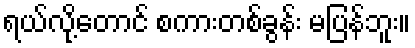
ရယ်လို့တောင် စကားတစ်ခွန်း မပြန်ဘူး။